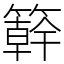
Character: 簳